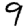
Digit: 9